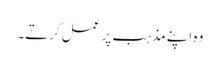
وہ اپنے مذہب پر عمل کرتے۔